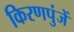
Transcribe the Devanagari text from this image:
किरणपुंजें